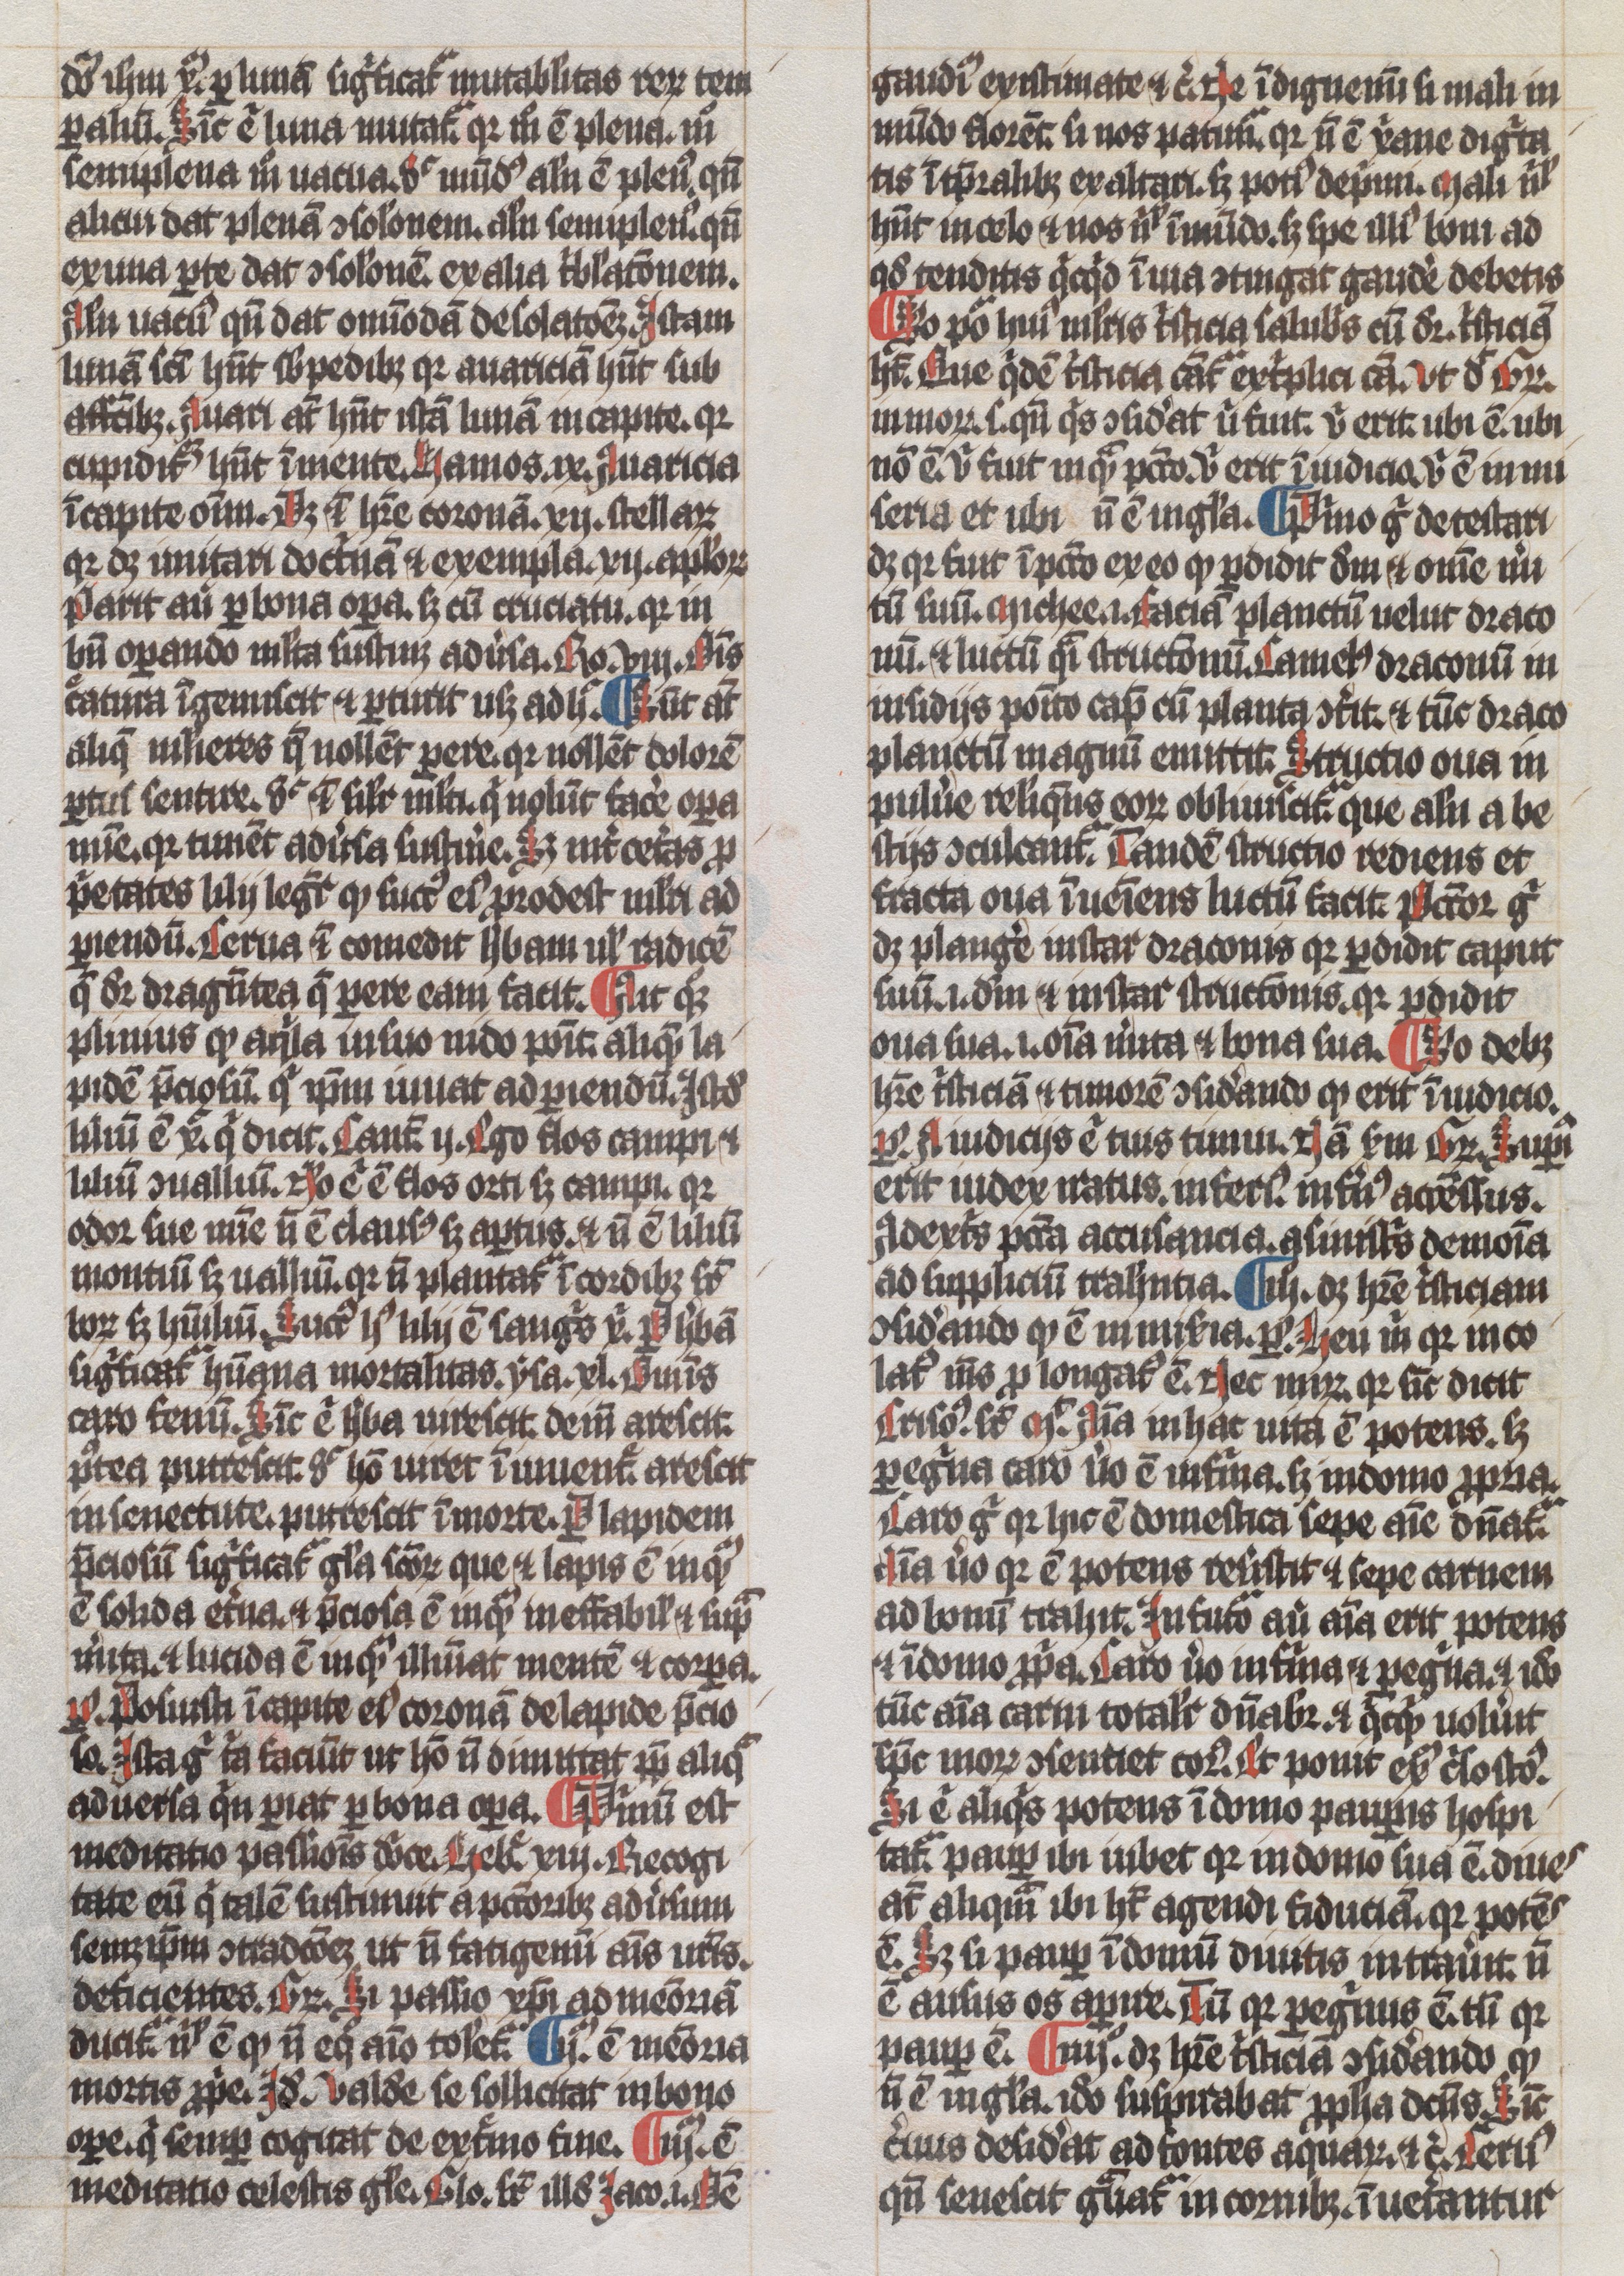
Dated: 1300–1349